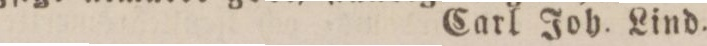
Carl Joh. Lind.